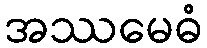
အဿမေဓံ